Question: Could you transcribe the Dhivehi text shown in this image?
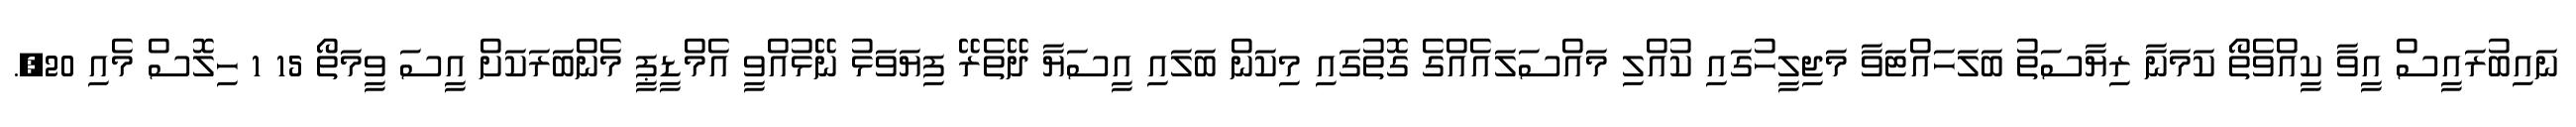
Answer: ނައިބުރައީސް އީވާ ކީއްވެތޯ ކަމަނާ ރިޔާސަތު ބަލަހައްޓަވާ މަޖިލީހުގައި ކުއްލި މައްސަލައެއްގެ ގޮތުގައި މިކަން ބަލައި އީސަޔާ ދޭތެރޭ ފިޔަވަޅު ނޭޅުއްވީ އެމްޑީޕީ މެންބަރަކަށް އީސަ ވީމަތޯ 15 1 ހިލޮސް މެއި 20,.